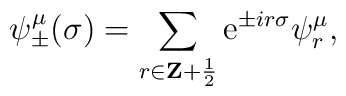
\psi_{\pm}^{\mu}(\sigma) =\sum_{r \in {\bf Z} +{1\over2}}{\rm e}^{\pm ir \sigma}\psi^{\mu}_r,